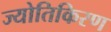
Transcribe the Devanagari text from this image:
ज्योतिकिरण